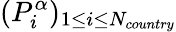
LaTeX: (P_{i}^{\alpha})_{1\leq i\leq N_{country}}